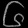
Digit: ၆